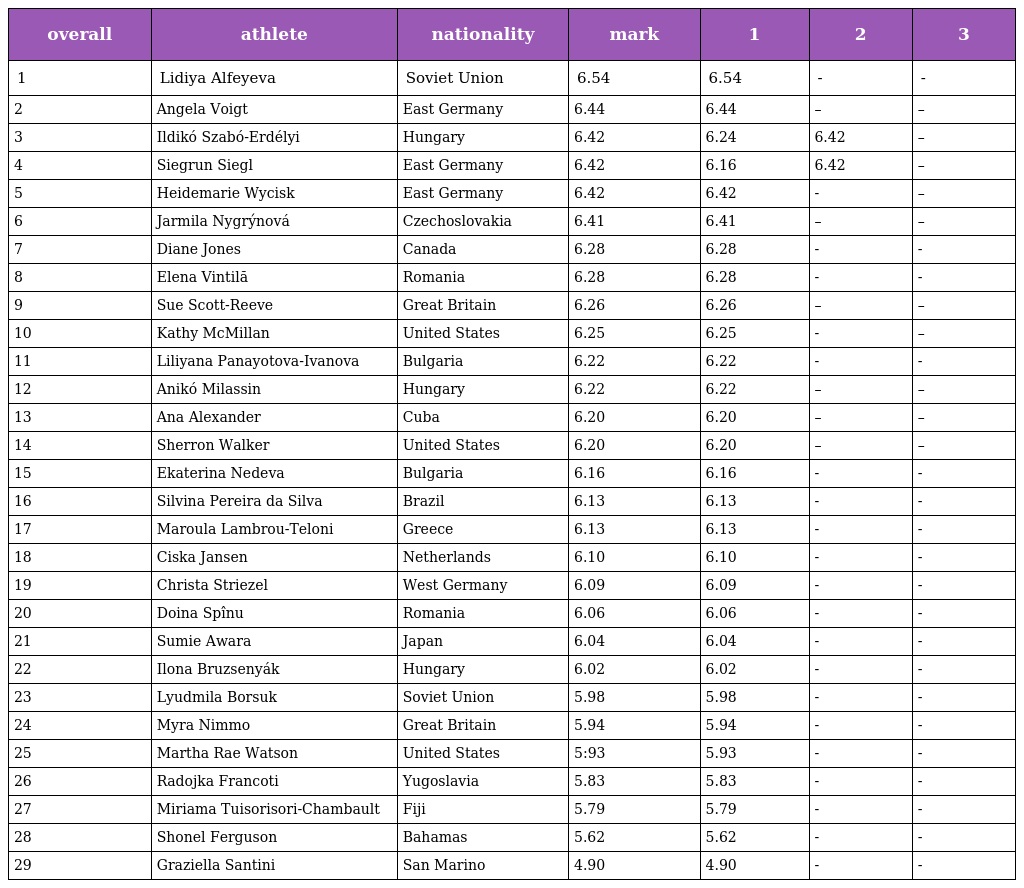
| overall | athlete | nationality | mark | 1 | 2 | 3 |
 | --- | --- | --- | --- | --- | --- | --- |
 | 1 | Lidiya Alfeyeva | Soviet Union | 6.54 | 6.54 | - | - |
 | 2 | Angela Voigt | East Germany | 6.44 | 6.44 | – | – |
 | 3 | Ildikó Szabó-Erdélyi | Hungary | 6.42 | 6.24 | 6.42 | – |
 | 4 | Siegrun Siegl | East Germany | 6.42 | 6.16 | 6.42 | – |
 | 5 | Heidemarie Wycisk | East Germany | 6.42 | 6.42 | - | – |
 | 6 | Jarmila Nygrýnová | Czechoslovakia | 6.41 | 6.41 | – | – |
 | 7 | Diane Jones | Canada | 6.28 | 6.28 | - | - |
 | 8 | Elena Vintilă | Romania | 6.28 | 6.28 | - | - |
 | 9 | Sue Scott-Reeve | Great Britain | 6.26 | 6.26 | – | – |
 | 10 | Kathy McMillan | United States | 6.25 | 6.25 | - | – |
 | 11 | Liliyana Panayotova-Ivanova | Bulgaria | 6.22 | 6.22 | - | - |
 | 12 | Anikó Milassin | Hungary | 6.22 | 6.22 | – | – |
 | 13 | Ana Alexander | Cuba | 6.20 | 6.20 | – | – |
 | 14 | Sherron Walker | United States | 6.20 | 6.20 | – | – |
 | 15 | Ekaterina Nedeva | Bulgaria | 6.16 | 6.16 | - | - |
 | 16 | Silvina Pereira da Silva | Brazil | 6.13 | 6.13 | - | - |
 | 17 | Maroula Lambrou-Teloni | Greece | 6.13 | 6.13 | - | - |
 | 18 | Ciska Jansen | Netherlands | 6.10 | 6.10 | - | - |
 | 19 | Christa Striezel | West Germany | 6.09 | 6.09 | - | - |
 | 20 | Doina Spînu | Romania | 6.06 | 6.06 | - | - |
 | 21 | Sumie Awara | Japan | 6.04 | 6.04 | - | - |
 | 22 | Ilona Bruzsenyák | Hungary | 6.02 | 6.02 | - | - |
 | 23 | Lyudmila Borsuk | Soviet Union | 5.98 | 5.98 | - | - |
 | 24 | Myra Nimmo | Great Britain | 5.94 | 5.94 | - | - |
 | 25 | Martha Rae Watson | United States | 5:93 | 5.93 | - | - |
 | 26 | Radojka Francoti | Yugoslavia | 5.83 | 5.83 | - | - |
 | 27 | Miriama Tuisorisori-Chambault | Fiji | 5.79 | 5.79 | - | - |
 | 28 | Shonel Ferguson | Bahamas | 5.62 | 5.62 | - | - |
 | 29 | Graziella Santini | San Marino | 4.90 | 4.90 | - | - |